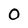
Character: 0